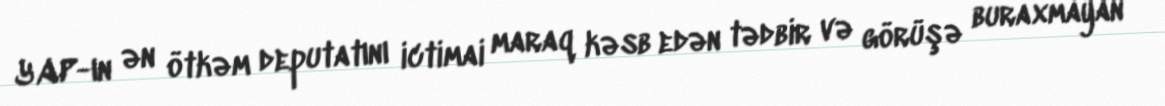
YAP-ın ən ötkəm deputatını ictimai maraq kəsb edən tədbir və görüşə buraxmayan